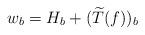
LaTeX: \begin{align*}w_b = H_b + (\widetilde{T}(f))_b\end{align*}